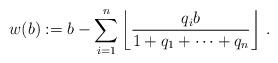
LaTeX: \begin{align*}w(b):=b-\sum_{i=1}^n\left\lfloor\frac{q_ib}{1+q_1+\cdots +q_n} \right\rfloor \, .\end{align*}